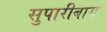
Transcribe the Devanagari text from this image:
सुपारीबाग